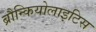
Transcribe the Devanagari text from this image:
ब्रौन्कियोलाइटिस